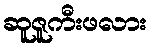
ဆူဇူကီးဖလား